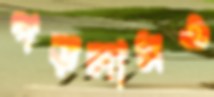
পড়লামও